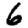
Digit: 6